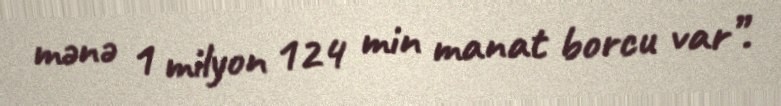
mənə 1 milyon 124 min manat borcu var”.